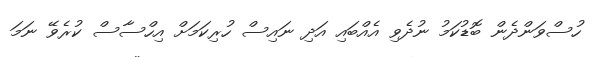
ހުސްވަންދެން ބޮޑުކަމު ނުދެވި އެއްބައި އަދި ނައިސް ހުރިކަމަށް އިހްސާސް ކުރެވޭ ނަމަ